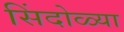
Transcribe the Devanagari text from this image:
सिंदोळ्या